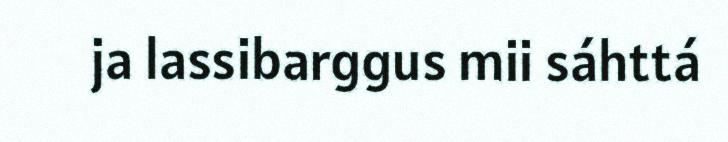
ja lassibarggus mii sáhttá